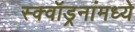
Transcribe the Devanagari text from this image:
स्क्वॉड्रनांमध्ये